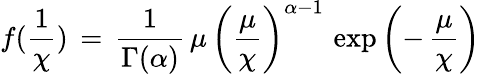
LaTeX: f(\frac{1}{\chi})\, =\, \frac{1}{\Gamma(\alpha)}\, \mu\, \left(\frac{\mu}{\chi}\right)^{\alpha-1}\, \exp\left(-\, \frac{\mu}{\chi}\right)